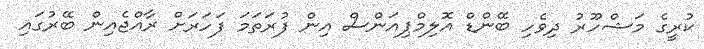
ކުރީގެ މަޝްހޫރު ދިވެހި ބޭންޑް އޮލިމްޕިއަންސް އިން ފުރަތަމަ ފަހަރަށް ރާއްޖެއިން ބޭރުގައި